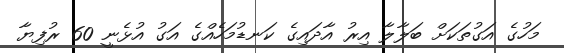
މަހުގެ އަގުތަކަށް ބަލާލާ އިރު އާދައިގެ ކަނޑުމަހެއްގެ އަގު އުޅެނީ 60 ރުފިޔާ